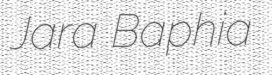
Jara Baphia